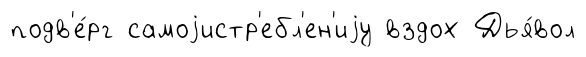
подв'е́рг самоjистр'ебл'ен'иjу вздох Дья́вол